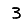
Digit: 3